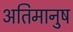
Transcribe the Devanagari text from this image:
अतिमानुष